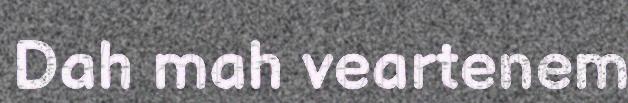
Dah mah veartenem